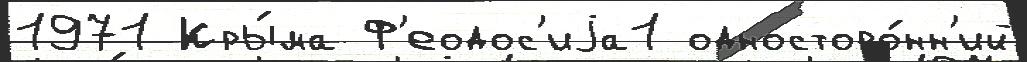
1971 Кры́ма Ф'еодос'иjа1 односторо́нн'ий